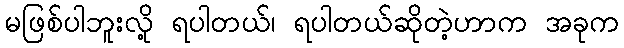
မဖြစ်ပါဘူးလို့ ရပါတယ်၊ ရပါတယ်ဆိုတဲ့ဟာက အခုက